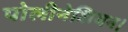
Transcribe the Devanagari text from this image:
पोलीनेशियन।